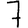
Digit: 7